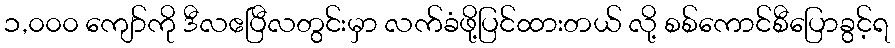
၁,၀၀၀ ကျော်ကို ဒီလဧပြီလတွင်းမှာ လက်ခံဖို့ပြင်ထားတယ် လို့ စစ်ကောင်စီပြောခွင့်ရ